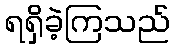
ရရှိခဲ့ကြသည်